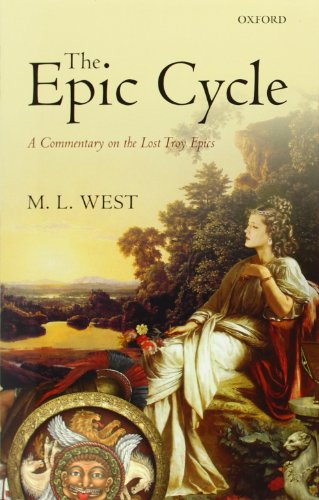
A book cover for The Epic Cycle: A Commentary on the Lost Troy Epics; M. L. West; Literature & Fiction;